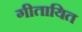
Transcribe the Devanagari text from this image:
गीतायित